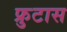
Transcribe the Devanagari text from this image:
फ्रुटास